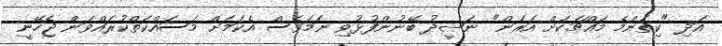
އަދި "ކިތަންމެ މައްޗަކަށް އަރަން" ނަޝީދު ބޭނުންފުޅުވި ނަމަވެސް އެކަމަށް މަސައްކަތްކުރައްވަން ޖެހޭނީ